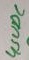
Text: 4,5VDC